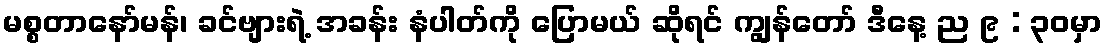
မစ္စတာနော်မန်၊ ခင်ဗျားရဲ့ အခန်း နံပါတ်ကို ပြောမယ် ဆိုရင် ကျွန်တော် ဒီနေ့ ည ၉ : ၃၀မှာ